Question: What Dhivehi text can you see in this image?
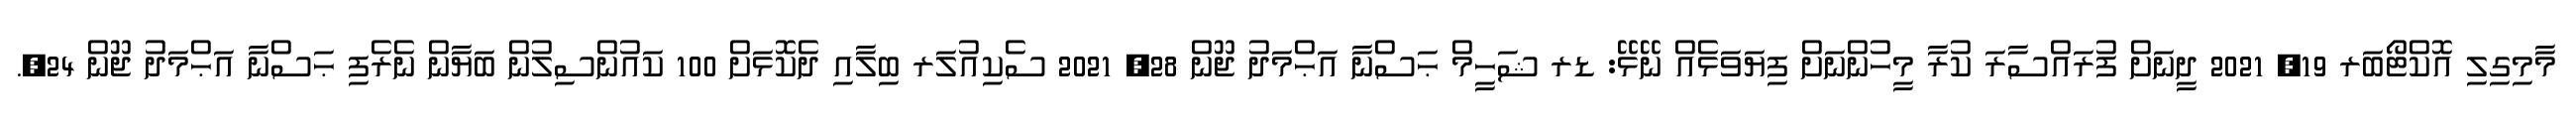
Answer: މާމިގިލި އޮކްޓޯބަރ 19, 2021 ދީނަށް ފުރައްސާރަ ކުރާ މީހުންނަށް ފިޔަވަޅެއް ނޭޅޭ: ޑރ ޝަހީމް ޙަސްނާ އަޙްމަދު ޖޫން 28, 2021 ސެކިއުލަރ ބިލާއި ދެކޮޅަށް 100 ކައުންސިލުން ބަޔާން ނެރެފި ޙަސްނާ އަޙްމަދު ޖޫން 24,.